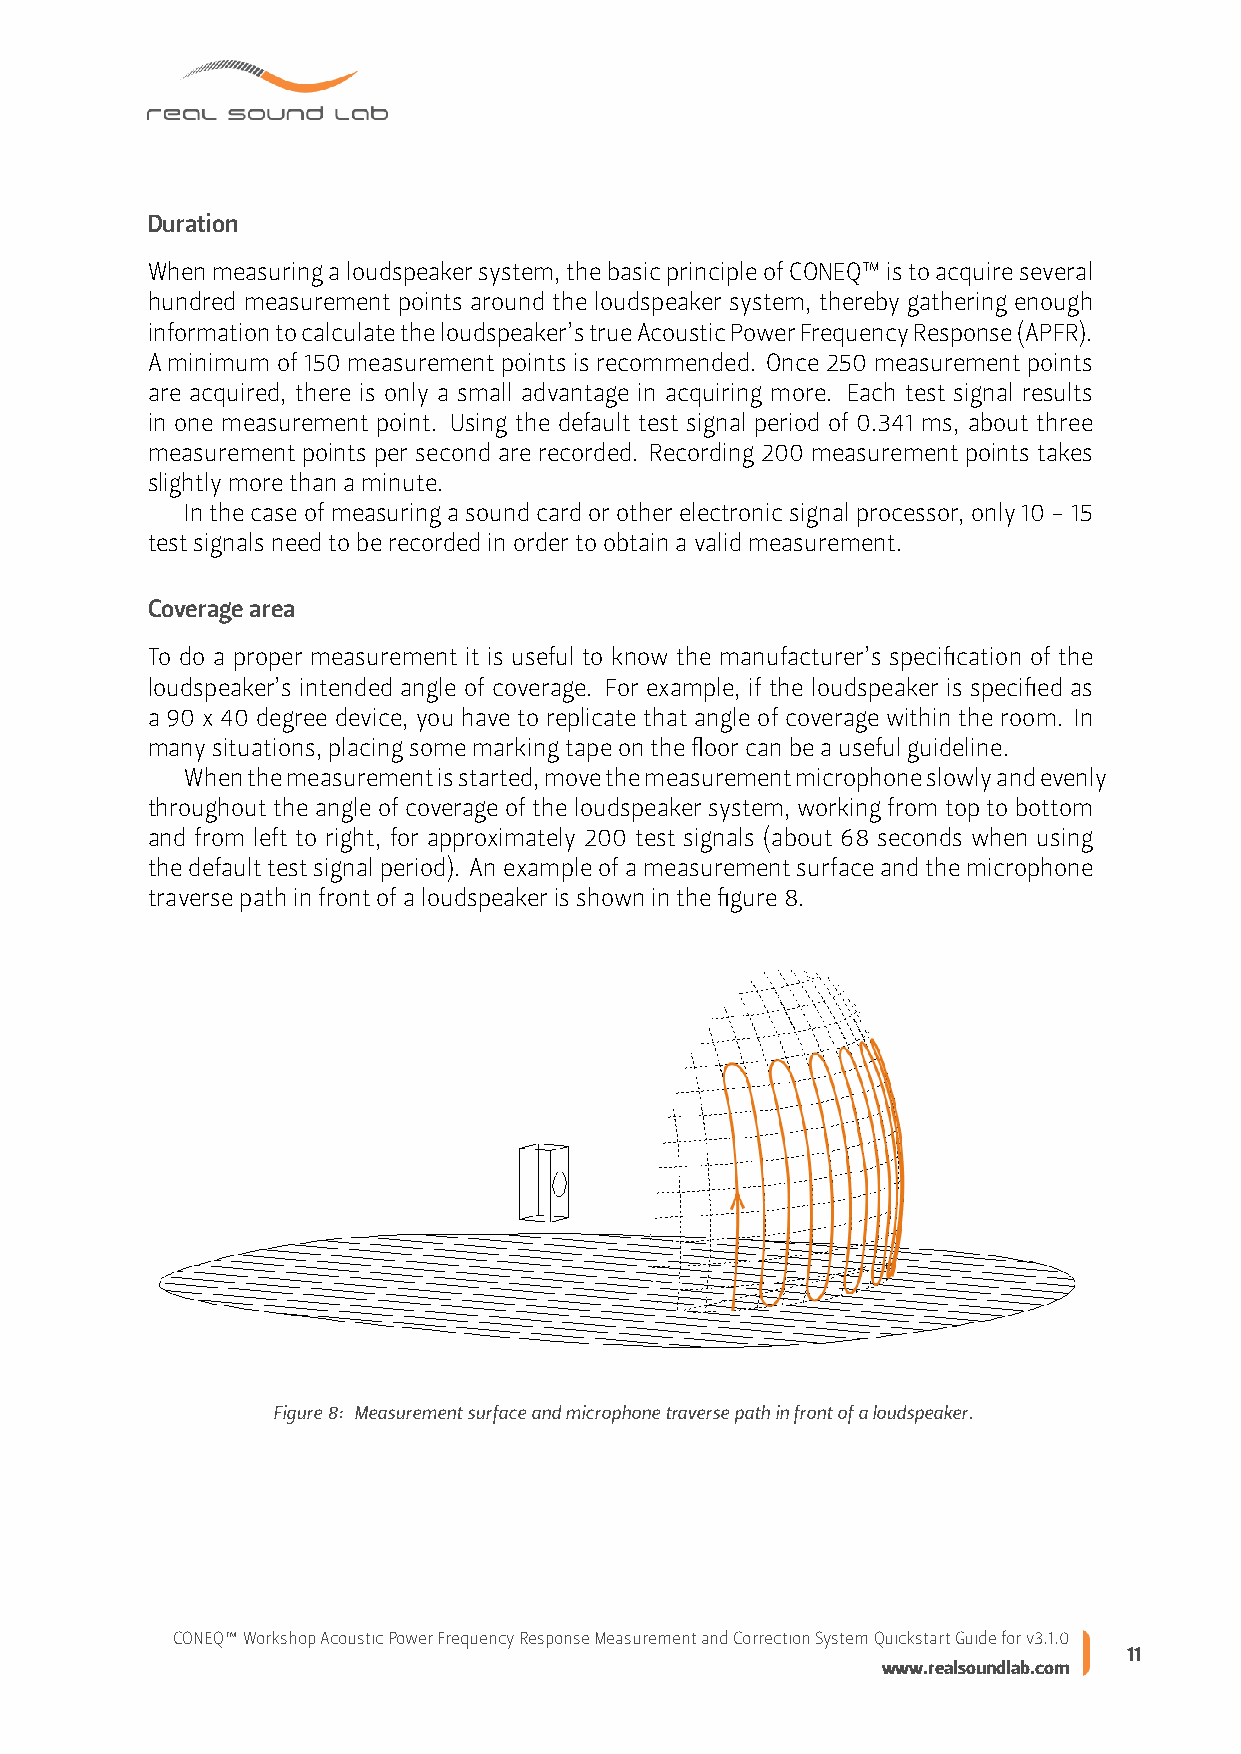
Duration
 Whenmeasuringaloudspeakersystem,thebasicprincipleofCONEQ™istoacquireseveral
 hundred measurement points around the loudspeaker system, thereby gathering enough
 informationtocalculatetheloudspeaker’strueAcousticPowerFrequencyResponse(APFR).
 A minimum of 150 measurement points is recommended. Once 250 measurement points
 are acquired, there is only a small advantage in acquiring more. Each test signal results
 in one measurement point. Using the default test signal period of 0.341 ms, about three
 measurement points per second are recorded. Recording 200 measurement points takes
 slightlymorethanaminute.
 Inthecaseofmeasuringasoundcardorotherelectronicsignalprocessor,only10-15
 testsignalsneedtoberecordedinordertoobtainavalidmeasurement.
 Coveragearea
 To do a proper measurement it is useful to know the manufacturer’s specification of the
 loudspeaker’s intended angle of coverage. For example, if the loudspeaker is specified as
 a 90 x 40 degree device, you have to replicate that angle of coverage within the room. In
 manysituations,placingsomemarkingtapeonthefloorcanbeausefulguideline.
 Whenthemeasurementisstarted,movethemeasurementmicrophoneslowlyandevenly
 throughout the angle of coverage of the loudspeaker system, working from top to bottom
 and from left to right, for approximately 200 test signals (about 68 seconds when using
 thedefaulttestsignalperiod). Anexampleofameasurementsurfaceandthemicrophone
 traversepathinfrontofaloudspeakerisshowninthefigure8.
 Figure8: Measurementsurfaceandmicrophonetraversepathinfrontofaloudspeaker.
 CONEQ™WorkshopAcousticPowerFrequencyResponseMeasurementandCorrectionSystemQuickstartGuideforv3.1.0
 11
 www.realsoundlab.com